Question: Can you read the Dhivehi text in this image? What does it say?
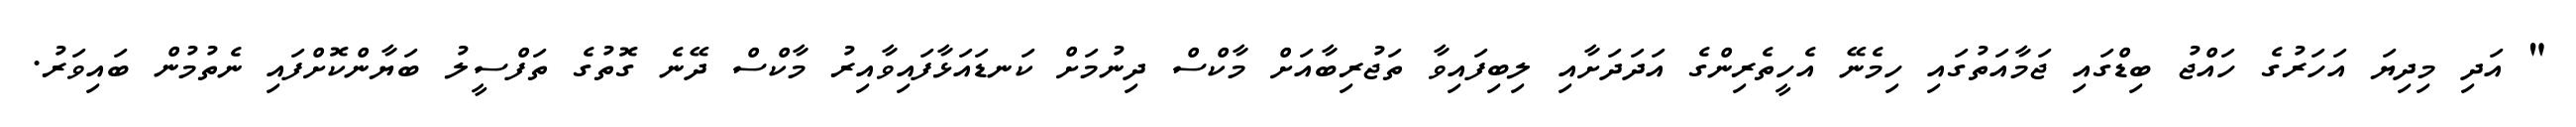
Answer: " އަދި މިދިޔަ އަހަރުގެ ހައްޖު ބިޑްގައި ޖަމާއަތުގައި ހިމެނޭ އެހީތެރިންގެ އަދަދަށާއި ލިބިފައިވާ ތަޖުރިބާއަށް މާކްސް ދިނުމަށް ކަނޑައަޅާފައިވާއިރު މާކްސް ދޭނެ ގޮތުގެ ތަފްސީލު ބަޔާންކޮށްފައި ނެތުމުން ބައިވަރު.